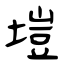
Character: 塏